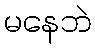
မနေဘဲ